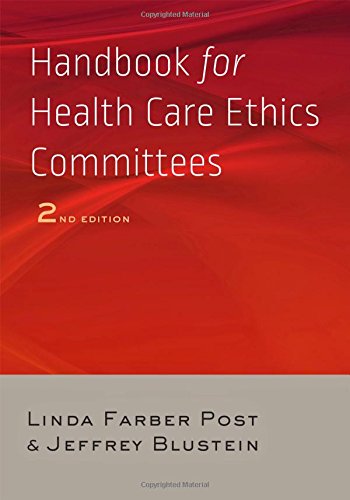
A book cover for Handbook for Health Care Ethics Committees; Linda Farber Post; Medical Books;